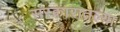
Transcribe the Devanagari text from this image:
सरकारातल्या